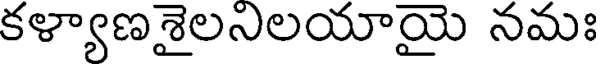
కళ్యాణశైలనిలయాయై నమః